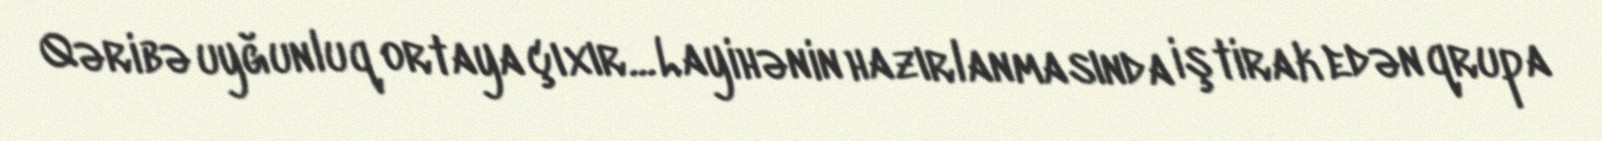
Qəribə uyğunluq ortaya çıxır... Layihənin hazırlanmasında iştirak edən qrupa